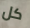
كل